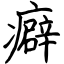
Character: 癖